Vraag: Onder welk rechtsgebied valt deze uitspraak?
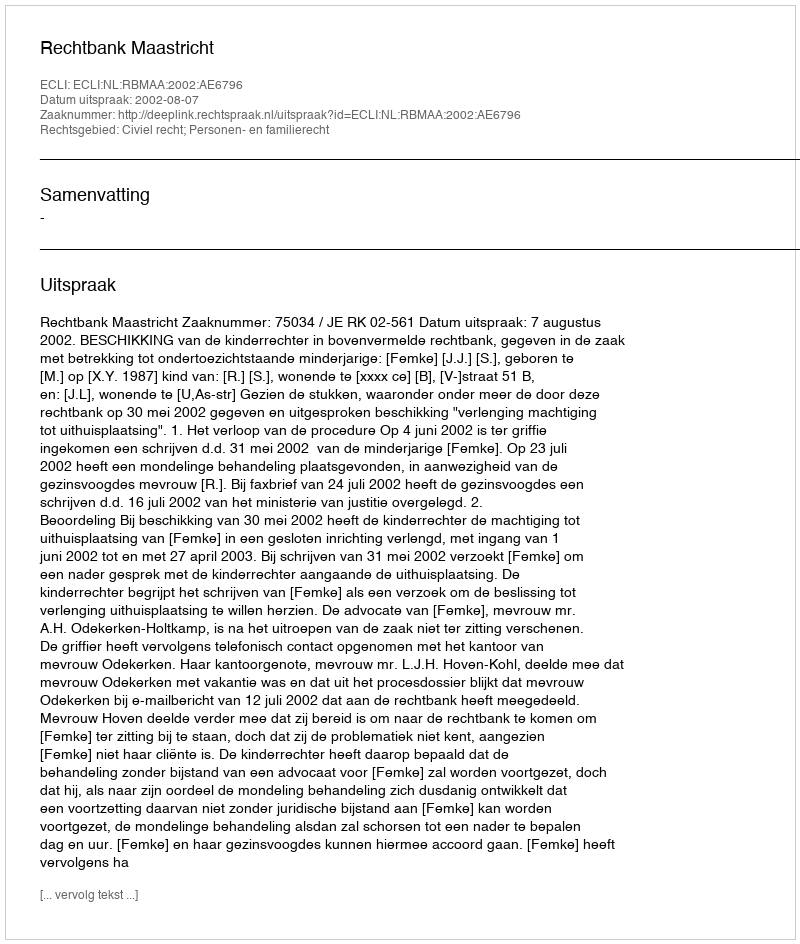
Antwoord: Civiel recht; Personen- en familierecht